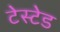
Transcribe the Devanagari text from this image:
टेस्टेड